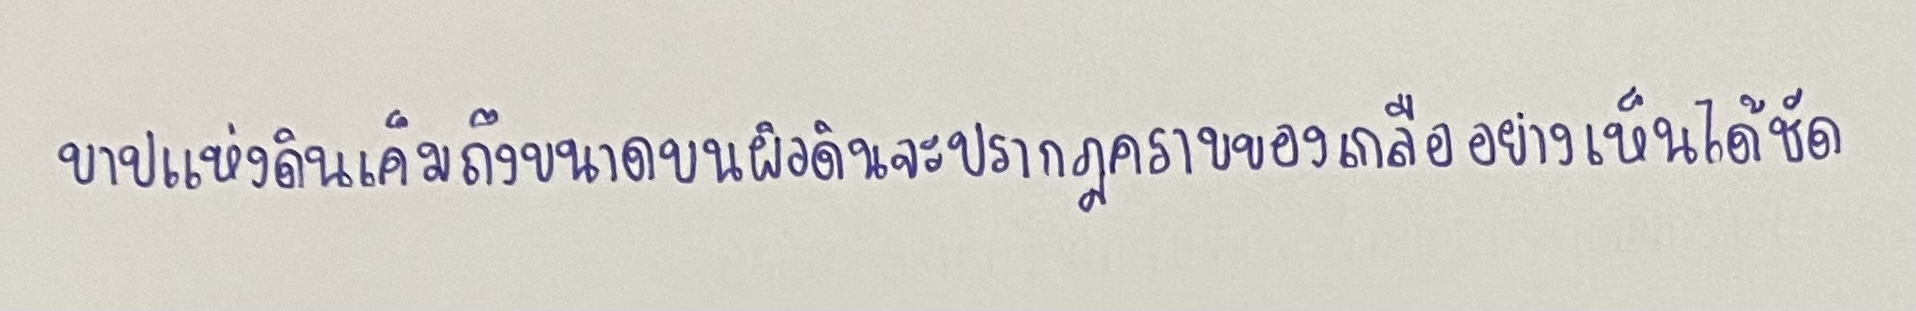
บางแห่งดินเค็มถึงขนาดบนผิวดินจะปรากฏคราบของเกลืออย่างเห็นได้ชัด